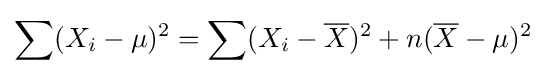
\sum (X_{i}-\mu )^{2}=\sum (X_{i}-{\overline {X}})^{2}+n({\overline {X}}-\mu )^{2}